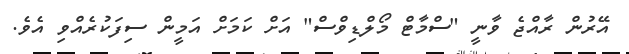
އޭރުން ރާއްޖެ ވާނީ "ސްމާޓް މޯލްޑިވްސް" އަށް ކަމަށް އަމީން ސިފަކުރެއްވި އެވެ.